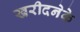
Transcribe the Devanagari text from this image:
खरीदनेके